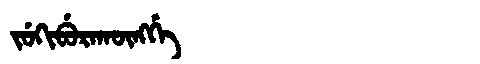
Manchu: ᠵᡠᡴᡳᠪᡠᡵᠠᡴᡡᠩᡤᡝ
Romanization: JUKIBURAKŪNGGE